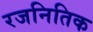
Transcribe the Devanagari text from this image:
रजनितिक